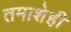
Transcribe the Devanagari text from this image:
तमाशेही